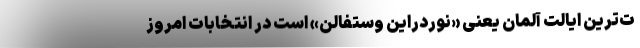
ت‌ترین ایالت آلمان یعنی «نوردراین وستفالن» است در انتخابات امروز